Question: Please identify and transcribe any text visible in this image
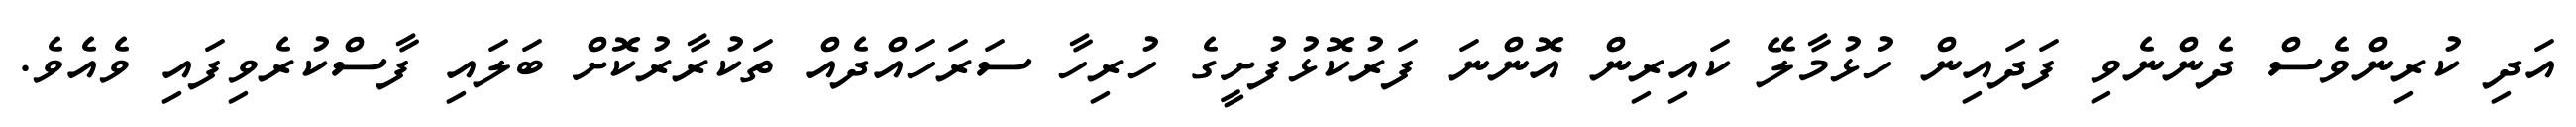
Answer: އަދި ކުރިންވެސް ދެންނެވި ފަދައިން ހުޅުމާލޭ ކައިރިން އޮންނަ ފަރުކޮޅުފުށީގެ ހުރިހާ ސަރަހައްދެއް ތަކުރާރުކޮށް ބަލައި ފާސްކުރެވިފައި ވެއެވެ.